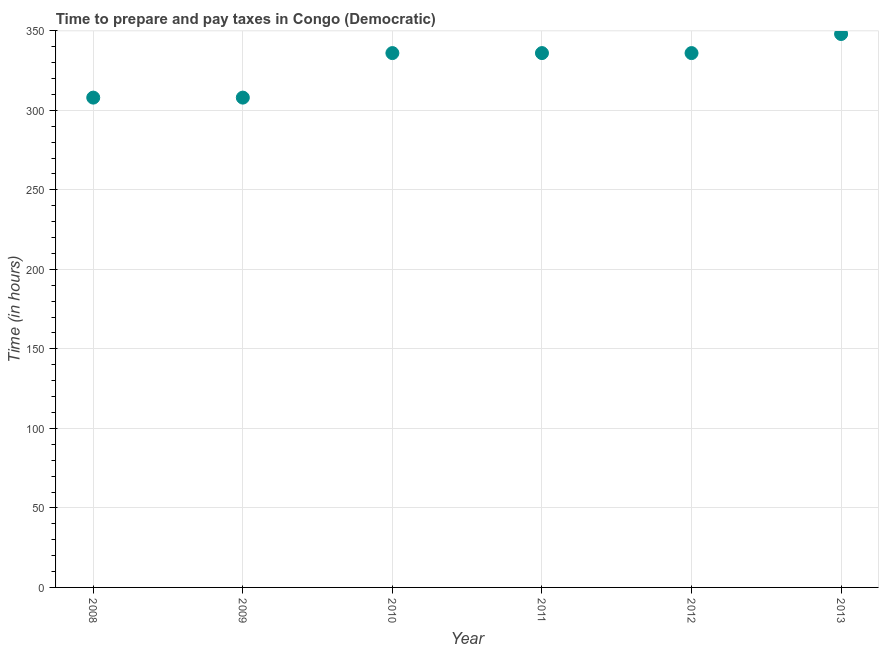
| Year | Time to prepare and pay taxes |
 | --- | --- |
 | 2008 | 308 |
 | 2009 | 308 |
 | 2010 | 336 |
 | 2011 | 336 |
 | 2012 | 336 |
 | 2013 | 348 |